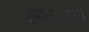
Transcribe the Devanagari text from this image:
रानउंदरांची